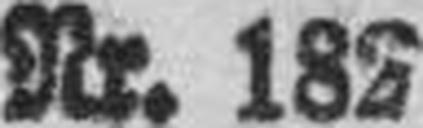
Nr. 182